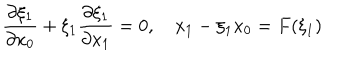
LaTeX: \frac { \partial \xi _ { 1 } } { \partial x _ { 0 } } + \xi _ { 1 } \frac { \partial \xi _ { 1 } } { \partial x _ { 1 } } = 0 , \quad x _ { 1 } - \xi _ { 1 } x _ { 0 } = F ( \xi _ { 1 } )